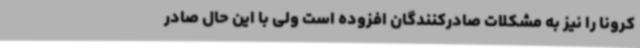
کرونا را نیز به مشکلات صادرکنندگان افزوده است ولی با این حال صادر